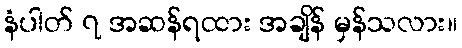
နံပါတ် ၇ အဆန်ရထား အချိန် မှန်သလား။